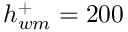
h _ { w m } ^ { + } = 2 0 0